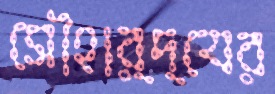
সৌহার্দ্যের